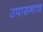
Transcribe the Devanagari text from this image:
उपासनाच